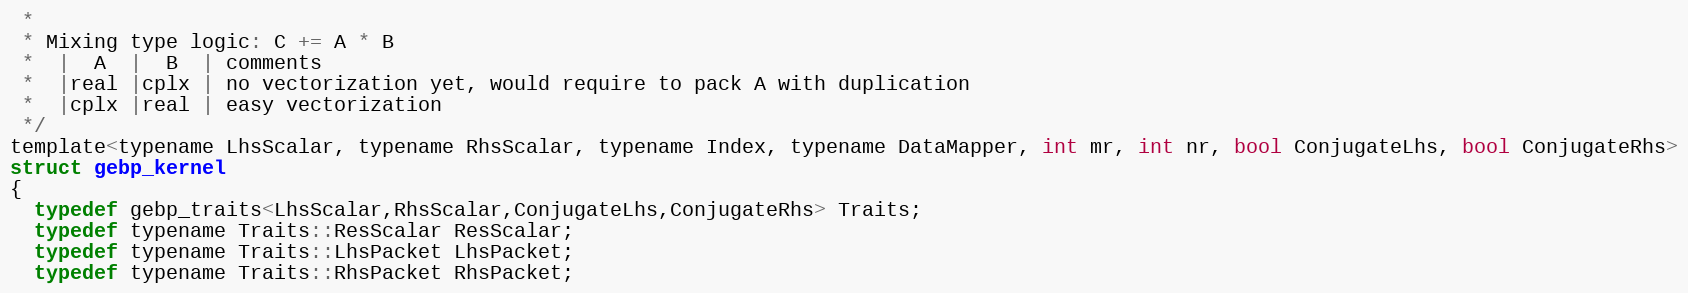
Language: C
 *
 * Mixing type logic: C += A * B
 *  |  A  |  B  | comments
 *  |real |cplx | no vectorization yet, would require to pack A with duplication
 *  |cplx |real | easy vectorization
 */
template<typename LhsScalar, typename RhsScalar, typename Index, typename DataMapper, int mr, int nr, bool ConjugateLhs, bool ConjugateRhs>
struct gebp_kernel
{
  typedef gebp_traits<LhsScalar,RhsScalar,ConjugateLhs,ConjugateRhs> Traits;
  typedef typename Traits::ResScalar ResScalar;
  typedef typename Traits::LhsPacket LhsPacket;
  typedef typename Traits::RhsPacket RhsPacket;